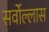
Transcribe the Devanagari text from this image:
सर्वोल्लास